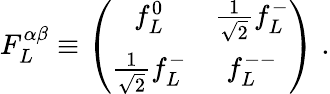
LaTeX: F_{L}^{\alpha\beta}\equiv\left(\begin{array}{cc}{{f_{L}^{0}}}&{{\frac{1}{\sqrt 2}f_{L}^{-}}}\\ {{\frac{1}{\sqrt 2}f_{L}^{-}}}&{{f_{L}^{--}}}\end{array}\right)\; .